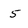
Character: 5